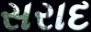
સરાદ